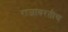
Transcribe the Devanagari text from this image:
राजावरतीच